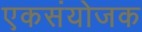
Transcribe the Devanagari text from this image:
एकसंयोजक